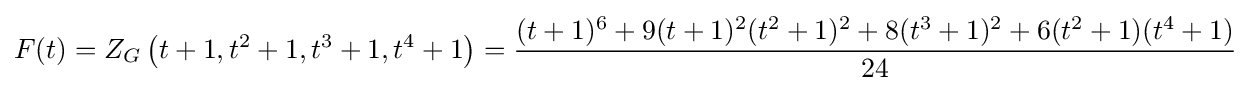
F(t)=Z_{G}\left(t+1,t^{2}+1,t^{3}+1,t^{4}+1\right)={\frac {(t+1)^{6}+9(t+1)^{2}(t^{2}+1)^{2}+8(t^{3}+1)^{2}+6(t^{2}+1)(t^{4}+1)}{24}}